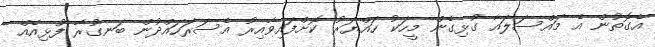
އެގޮތުން އެ މައްސަލައާ ގުޅިގެން މީހަކު ހައްޔަރު ކޮށްފައިވާއިރު އެސަރަހައްދުން ބަނގުރާ ފުޅިއެއް